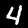
Digit: 4